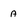
Character: A